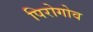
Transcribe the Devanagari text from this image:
पिरोगोव